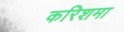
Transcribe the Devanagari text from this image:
करिशमा